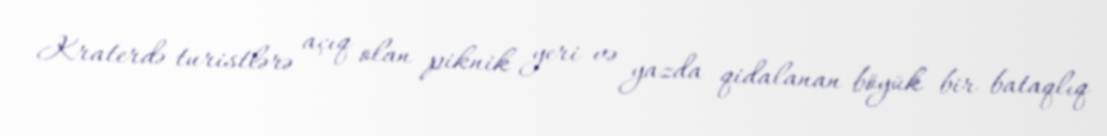
Kraterdə turistlərə açıq olan piknik yeri və yazda qidalanan böyük bir bataqlıq